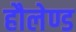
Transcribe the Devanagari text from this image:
हौलेण्ड